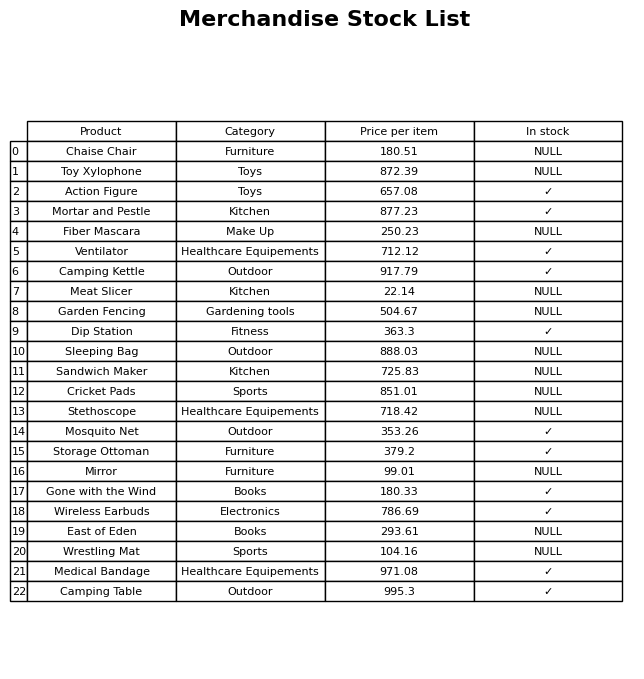
question: Is the Cricket Pads in stock?
answer: NULL